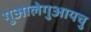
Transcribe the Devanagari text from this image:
गुआलेगुआयचु